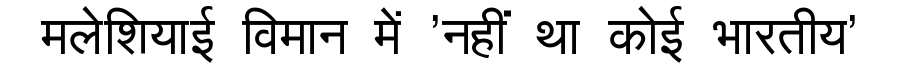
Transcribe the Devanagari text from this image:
मलेशियाई विमान में 'नहीं था कोई भारतीय'